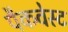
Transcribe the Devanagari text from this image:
पैकवेस्ट